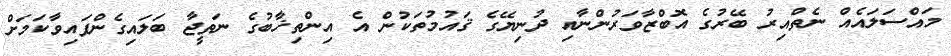
މައްސަލައެއް ނެތްއިރު ބޭރުގެ އޮބްޒާވަރުންނާއި ދުނިޔޭގެ ޤައުމުތަކުން އެ އިންތިޚާބުގެ ނަތީޖާ ބަލައިގެންފައިވާކަމަށް